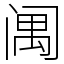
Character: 䦸